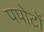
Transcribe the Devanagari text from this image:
पपोटों